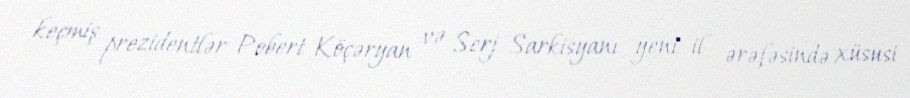
keçmiş prezidentlər Pobert Köçəryan və Serj Sarkisyanı yeni il ərəfəsində xüsusi